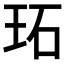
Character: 𤤟